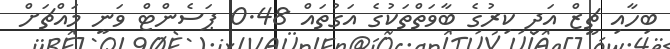
ބިހާއި ޗީޒް އަދި ކިރުގެ ބާވަތްތަކުގެ އަގުތައް 0.48 ޕަސެންޓް ވަނީ މައްޗަށް